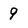
Character: 9